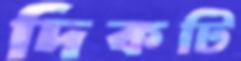
দিকটি